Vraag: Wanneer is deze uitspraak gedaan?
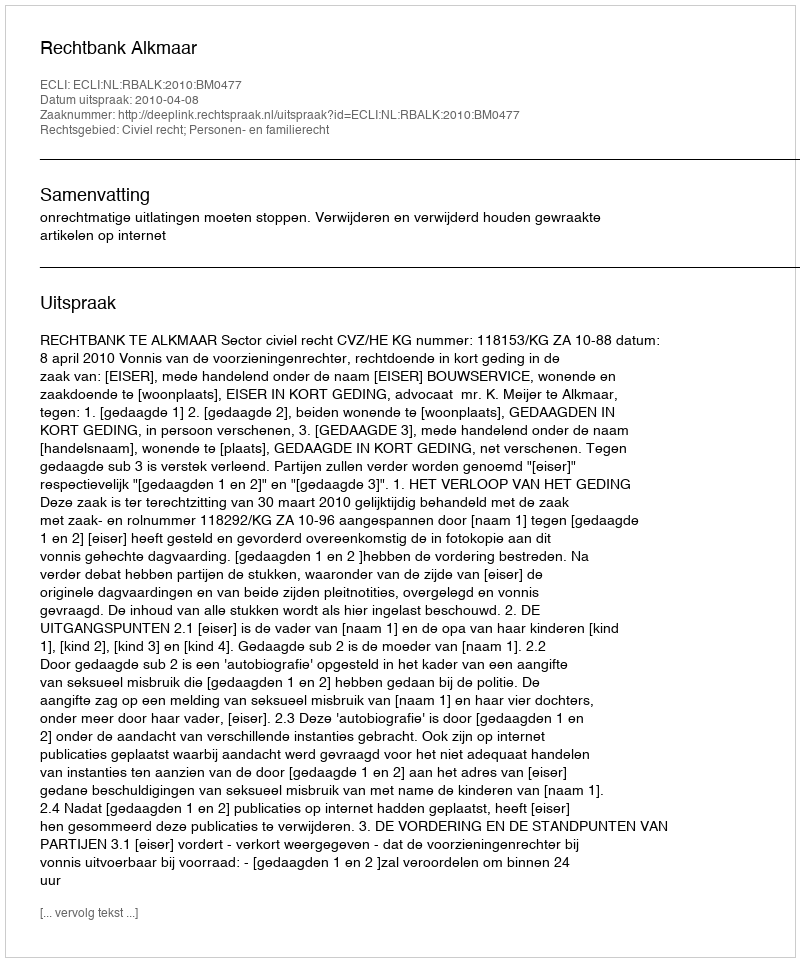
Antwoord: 2010-04-08